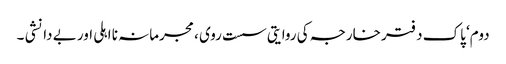
دوم‘ پاک دفتر خارجہ کی روایتی سست روی ، مجرمانہ نا اہلی اور بے دانشی ۔